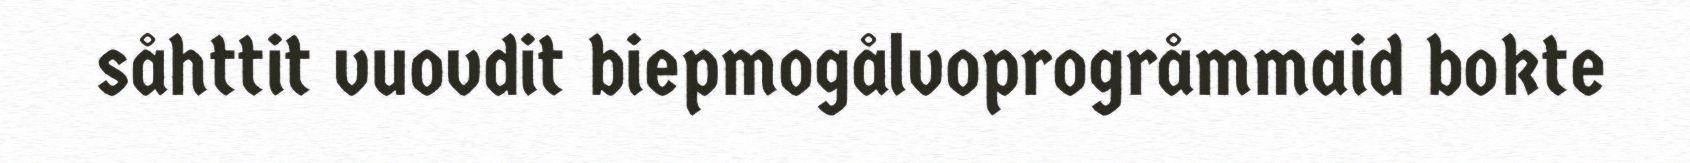
såhttit vuovdit biepmogålvoprogråmmaid bokte